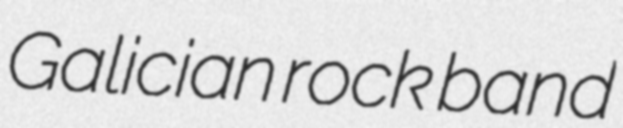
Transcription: Galician rock band